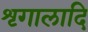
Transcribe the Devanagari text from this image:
शृगालादि